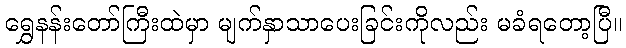
ရွှေနန်းတော်ကြီးထဲမှာ မျက်နှာသာပေးခြင်းကိုလည်း မခံရတော့ပြီ။